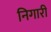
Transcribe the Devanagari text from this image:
निगारी